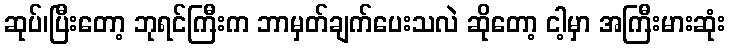
ဆုပ်၊ပြီးတော့ ဘုရင်ကြီးက ဘာမှတ်ချက်ပေးသလဲ ဆိုတော့ ငါ့မှာ အကြီးမားဆုံး